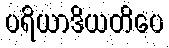
ပရိယာဒိယတိပေ